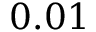
0 . 0 1